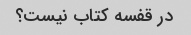
در قفسه کتاب نیست؟